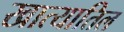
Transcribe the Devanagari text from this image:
खात्यातिल